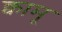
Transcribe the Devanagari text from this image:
क्वामू